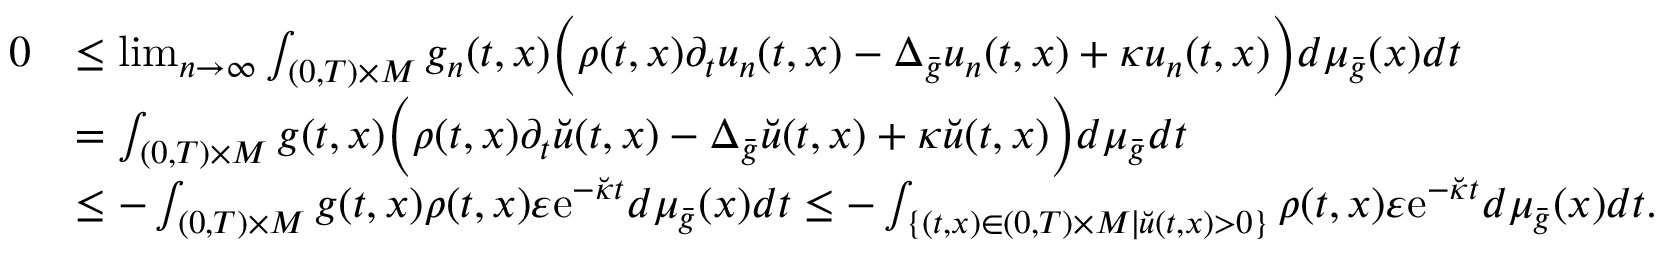
\begin{array} { r l } { 0 } & { \le \operatorname* { l i m } _ { n \to \infty } \int _ { ( 0 , T ) \times M } g _ { n } ( t , x ) \Bigl ( \rho ( t , x ) \partial _ { t } u _ { n } ( t , x ) - \Delta _ { \bar { g } } u _ { n } ( t , x ) + \kappa u _ { n } ( t , x ) \Bigr ) d \mu _ { \bar { g } } ( x ) d t } \\ & { = \int _ { ( 0 , T ) \times M } g ( t , x ) \Bigl ( \rho ( t , x ) \partial _ { t } \breve { u } ( t , x ) - \Delta _ { \bar { g } } \breve { u } ( t , x ) + \kappa \breve { u } ( t , x ) \Bigr ) d \mu _ { \bar { g } } d t } \\ & { \le - \int _ { ( 0 , T ) \times M } g ( t , x ) \rho ( t , x ) \varepsilon \mathrm { e } ^ { - \breve { \kappa } t } d \mu _ { \bar { g } } ( x ) d t \le - \int _ { \{ ( t , x ) \in ( 0 , T ) \times M \mid \breve { u } ( t , x ) > 0 \} } \rho ( t , x ) \varepsilon \mathrm { e } ^ { - \breve { \kappa } t } d \mu _ { \bar { g } } ( x ) d t . } \end{array}